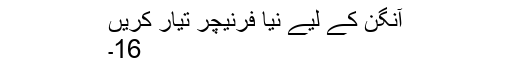
آنگن کے لیے نیا فرنیچر تیار کریں
16۔